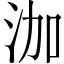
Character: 泇